Indian journal of veterinary science and animal husbandry - Volumes 28-29, 1958-1959
Year: 1958
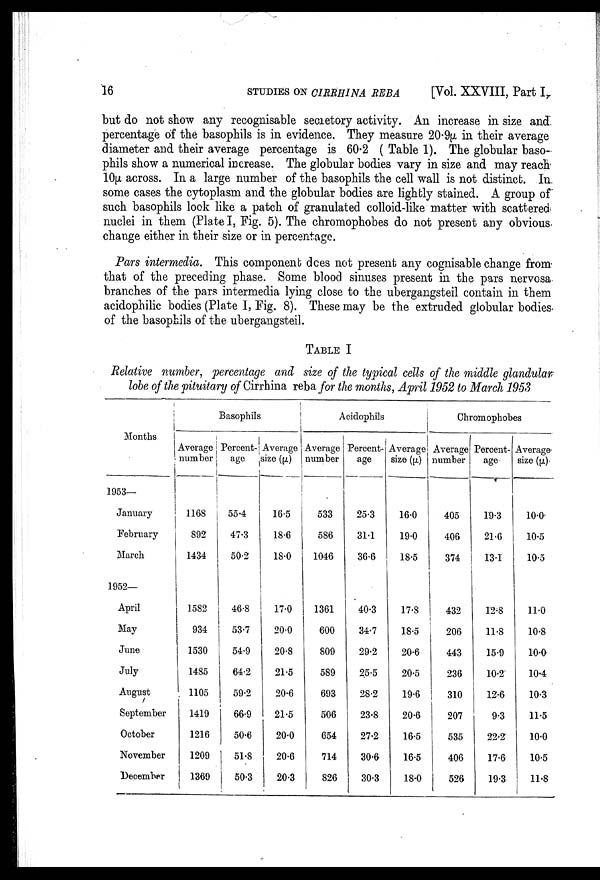
16
STUDIES
ON
CIRRHINA REBA [Vol. XXVIII, Part I,
but do not show any recognisable secretory activity. An increase in size and
percentage of the basophils is in evidence. They measure 20.9µ in their average
diameter and their average percentage is 60.2 ( Table 1). The globular baso-
phils show a numerical increase. The globular bodies vary in size and may reach
10µ across. In a large number of the basophils the cell wall is not distinct. In
some cases the cytoplasm and the globular bodies are lightly stained. A group of
such basophils look like a patch of granulated colloid-like matter with scattered
nuclei in them (Plate I, Fig. 5). The chromophobes do not present any obvious
change either in their size or in percentage.
Pars intermedia. This component does not present any cognisable change from
that of the preceding phase. Some blood sinuses present in the pars nervosa
branches of the pars intermedia lying close to the ubergangsteil contain in them
acidophilic bodies (Plate I, Fig. 8). These may be the extruded globular bodies
of the basophils of the ubergangsteil.
TABLE I
Relative number, percentage and size of the typical cells of the middle glandular
lobe of the pituitary of Cirrhina reba for the months, April 1952 to March 1953
Months
1953—
January
February
March
1952—
April
May
June
July
August
September
October
November
December
Basophils
Average
number
1168
892
1434
1582
934
1530
1485
1105
1419
1216
1209
1369
Percent-
age
55.4
47.3
50.2
46.8
53.7
54.9
64.2
59.2
66.9
50.6
51.8
50.3
Average
size (µ)
16.5
18.6
18.0
17.0
20.0
20.8
21.5
20.6
21.5
20.0
20.6
20.3
Acidophils
Average
number
533
586
1046
1361
600
809
589
693
506
654
714
826
Percent-
age
25.3
31.1
36.6
40.3
34.7
29.2
25.5
28.2
23.8
27.2
30.6
30.3
Average
size (µ)
16.0
19.0
18.5
17.8
18.5
20.6
20.5
19.6
20.6
16.5
16.5
18.0
Chromophobes
Average
number
405
406
374
432
206
443
236
310
207
535
406
526
Percent-
age
19.3
21.6
13.1
12.8
11.8
15.9
10.2
12.6
9.3
22.2
17.6
19.3
Average
size (µ)
10.0
10.5
10.5
11.0
10.8
10.0
10.4
10.3
11.5
10.0
10.5
11.8